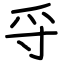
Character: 寽